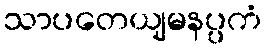
သာပတေယျမနပ္ပကံ